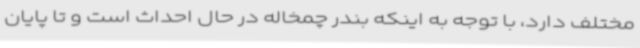
مختلف دارد، با توجه به اینکه بندر چمخاله در حال احداث است و تا پایان